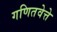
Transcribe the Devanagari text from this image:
गणितवेत्ते